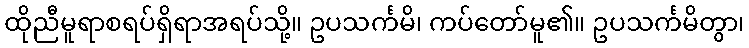
ထိုညီမူရာစရပ်ရှိရာအရပ်သို့။ ဥပသင်္ကမိ၊ ကပ်တော်မူ၏။ ဥပသင်္ကမိတွာ၊